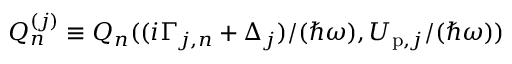
Q _ { n } ^ { ( j ) } \equiv Q _ { n } ( { ( i \Gamma _ { j , n } + \Delta _ { j } ) } / { ( \hbar \omega ) } , { U _ { \mathrm { p } , j } } / { ( \hbar \omega ) } )